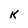
Character: k